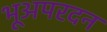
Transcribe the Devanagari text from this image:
भूअपरदन